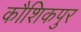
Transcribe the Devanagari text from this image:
कौशिकपुर